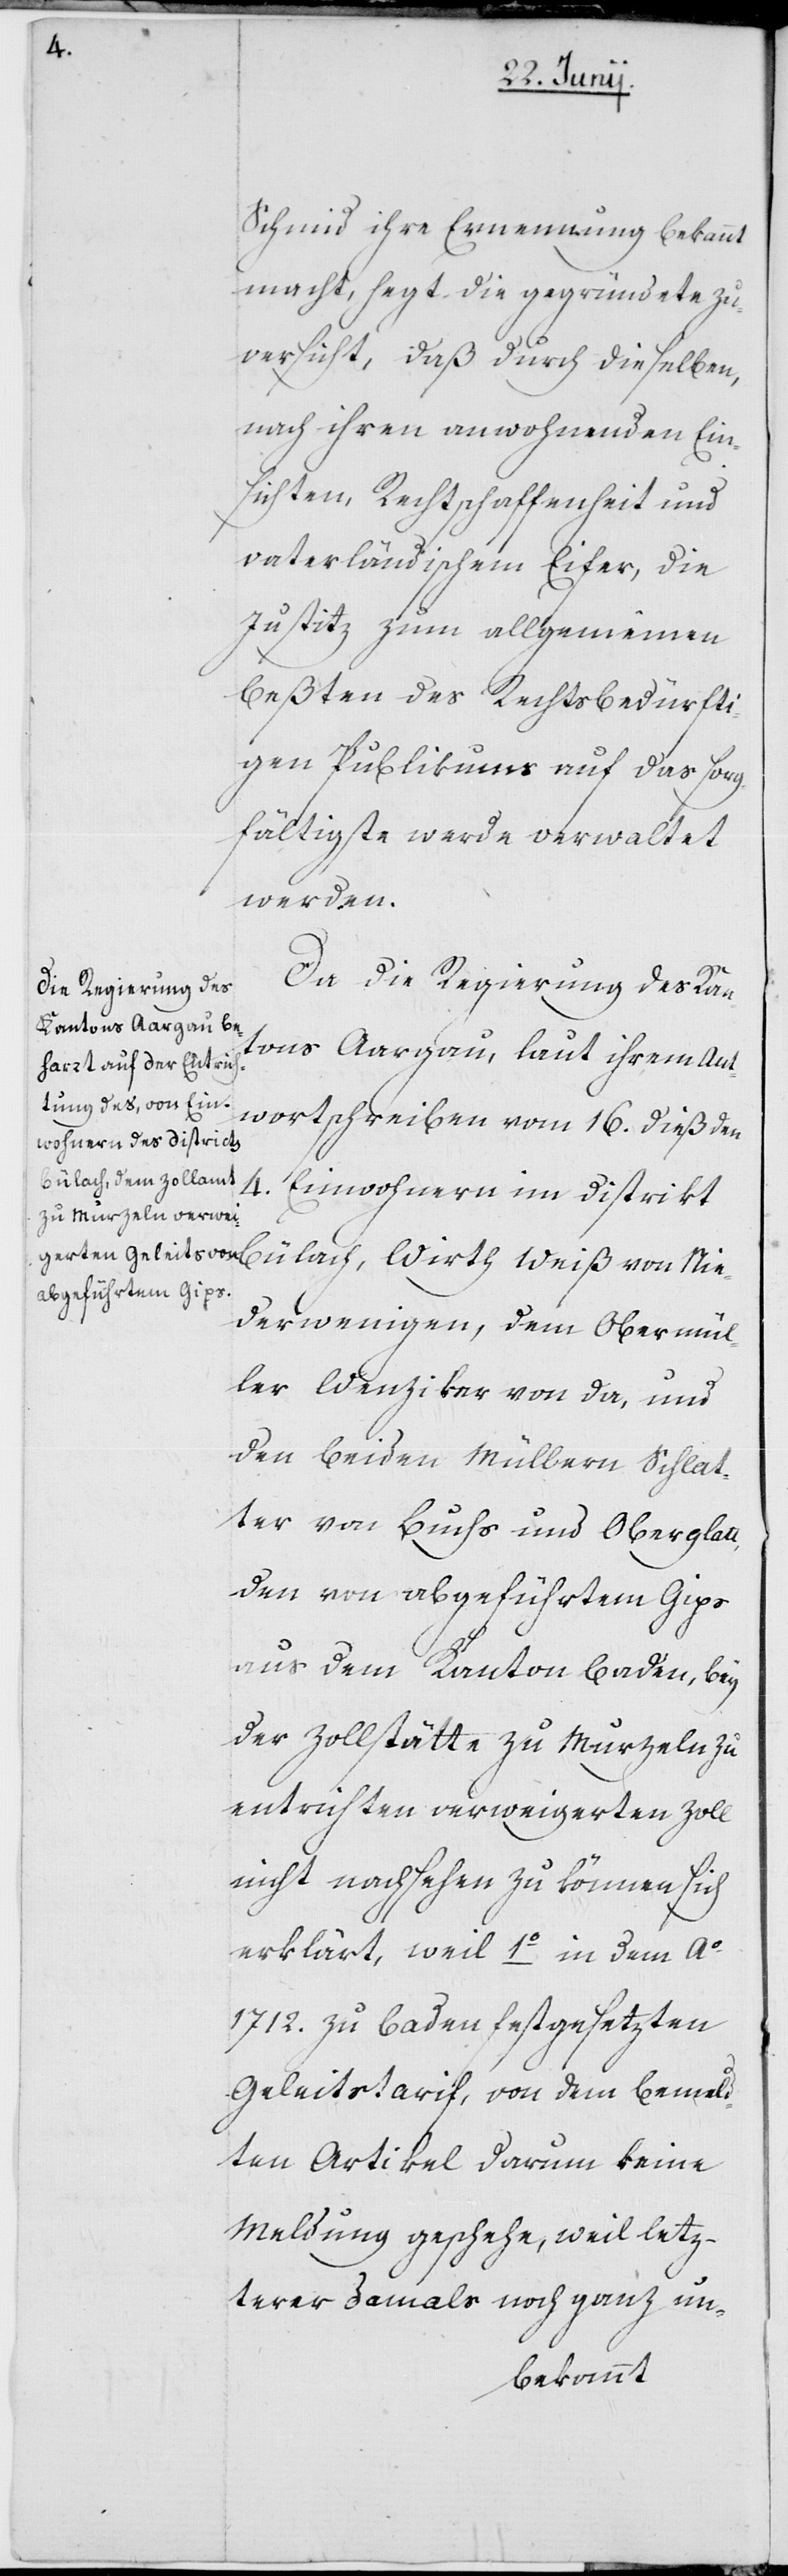
von Nie¬

Schmid ihre Ernennung bekannt
macht, hegt die gegründete Zu¬
versicht, daß durch dieselben,
nach ihren anwohnenden Ein¬
sichten, Rechtschaffenheit und
vaterländischem Eifer, die
Justitz zum allgemeinen
Beßten des Rechtsbedürfti¬
gen Publikums auf das sorg¬
fältigste werde verwaltet
werden.
Da die Regierung des Kan¬
tons Aargau, laut ihrem Ant¬
wortschreiben vom 16. dieß den
4.
Einwohnern im District
derwenigen, dem Obermül¬
ler Wenziker von da, und
den beiden Müllern Schlat¬
ter von Buchs und Oberglatt,
den von abgeführtem Gips
aus dem Kanton Baden, bey
der Zollstätte zu Murzeln zu
entrichten verweigerten Zoll
nicht nachsehen zu können sich
erklärt, weil 1o in dem Ao
1712. zu Baden festgesezten
Geleitstarif, von dem bemeld¬
ten Artikel darum keine
Meldung geschehe, weil lez¬
terer damals noch ganz un-